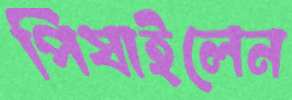
পিষাইলেন